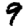
Digit: 9